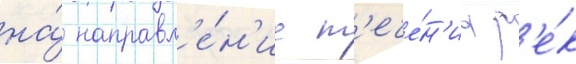
на́ направл'е́н'ие т'ече́н'иа р'е́к